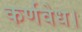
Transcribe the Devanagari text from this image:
कर्णवेध।